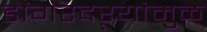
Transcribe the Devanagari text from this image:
डोंगरदऱ्यांमुळे